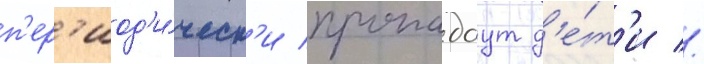
п'ер'иод'и́ческ'и пропадаут д'е́т'и //